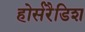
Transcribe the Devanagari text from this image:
होर्सरैडिश